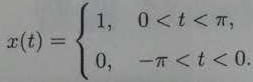
\[
x(t)=
\begin{cases}
1, & 0 < t < \pi, \\
0, & -\pi < t < 0.
\end{cases}
\]